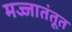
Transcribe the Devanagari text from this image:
मज्जातंतूत